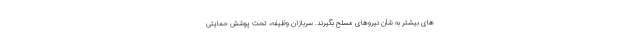
های بیشتر به شأن نیروهای مسلح بگیرند. سربازان وظیفه، تحت پوشش حمایتی